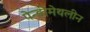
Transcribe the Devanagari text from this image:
पेन्‍डीमेथलीन